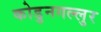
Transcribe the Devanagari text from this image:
कोडुनगल्लुर